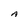
Character: A